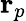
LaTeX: \mathbf{r}_{p}